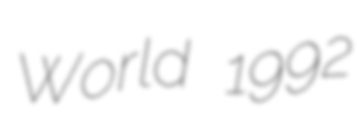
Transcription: World 1992